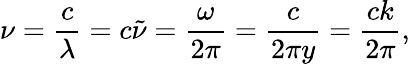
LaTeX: \nu={\frac{c}{\lambda}}=c{\tilde{\nu}}={\frac{\omega}{2\pi}}={\frac{c}{2\pi y}}={\frac{ck}{2\pi}},